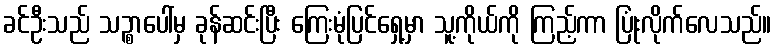
ခင်ဦးသည် သဉ္စာပေါ်မှ ခုန်ဆင်းပြီး ကြေးမုံပြင်ရှေ့မှာ သူ့ကိုယ်ကို ကြည့်ကာ ပြုံးလိုက်လေသည်။